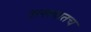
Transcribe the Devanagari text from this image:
उत्सवातच